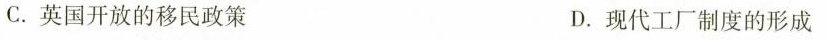
C.英国开放的移民政策 D.现代工厂制度的形成